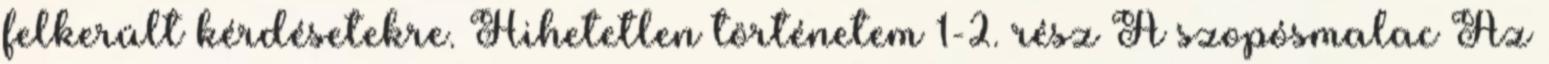
felkerült kérdésetekre. Hihetetlen történetem 1-2. rész A szopósmalac Az